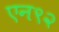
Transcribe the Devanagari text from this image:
एन९२